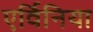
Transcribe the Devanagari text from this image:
एर्विनिया